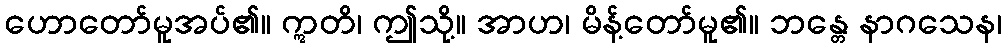
ဟောတော်မူအပ်၏။ ဣတိ၊ ဤသို့။ အာဟ၊ မိန့်တော်မူ၏။ ဘန္တေ နာဂသေန၊